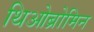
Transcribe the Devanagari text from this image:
थिओब्रोमिन